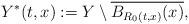
LaTeX: \begin{align*}Y^{\ast}(t,x):= Y \setminus \overline{B_{R_0(t,x)}(x)},\end{align*}